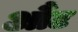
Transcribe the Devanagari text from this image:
औंट